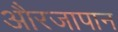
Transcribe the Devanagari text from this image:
औरजापान